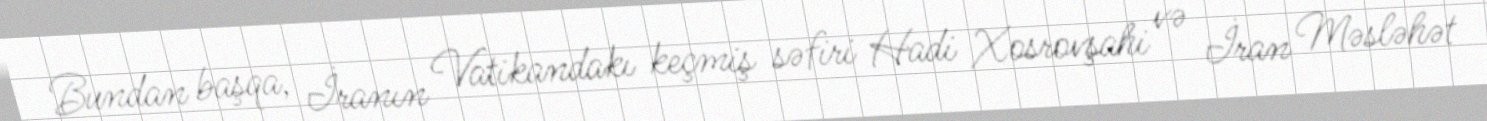
Bundan başqa, İranın Vatikandakı keçmiş səfiri Hadi Xosrovşahi və İran Məsləhət